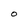
Character: O